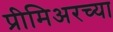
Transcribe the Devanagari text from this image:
प्रीमिअरच्या